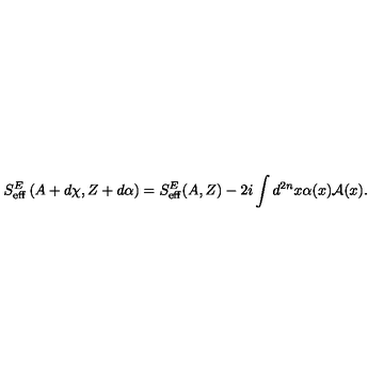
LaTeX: S _ { \mathrm { e f f } } ^ { E } \left( A + d \chi , Z + d \alpha \right) = S _ { \mathrm { e f f } } ^ { E } ( A , Z ) - 2 i \int d ^ { 2 n } x \alpha ( x ) { \mathcal A } ( x ) .